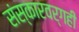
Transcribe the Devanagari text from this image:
संस्कारवर्गही